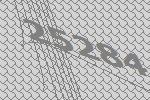
25284